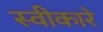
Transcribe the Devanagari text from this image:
स्‍वीकारे